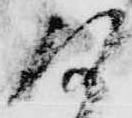
次